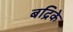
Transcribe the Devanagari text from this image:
बद्रिके